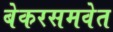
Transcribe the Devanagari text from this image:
बेकरसमवेत